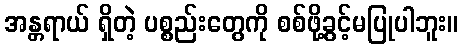
အန္တရာယ် ရှိတဲ့ ပစ္စည်းတွေကို စစ်ဖို့ခွင့်မပြုပါဘူး။